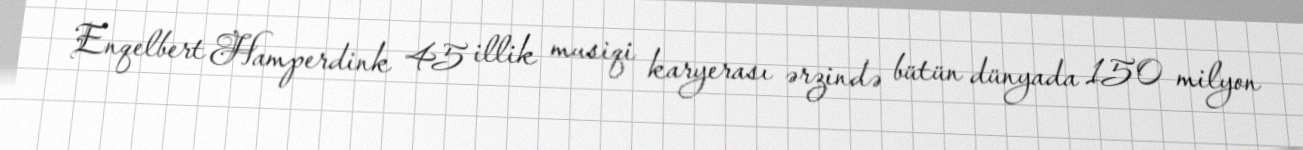
Enqelbert Hamperdink 45 illik musiqi karyerası ərzində bütün dünyada 150 milyon